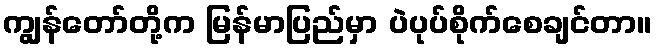
ကျွန်တော်တို့က မြန်မာပြည်မှာ ပဲပုပ်စိုက်စေချင်တာ။